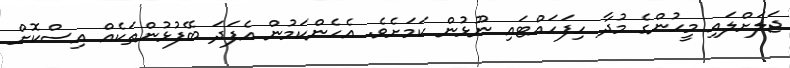
ޖަލަށްލައި މީހުންގެ މުދާ ހިފަހައްޓައި ނޫޅުން ކަމަށެވެ. އެހެންކަމުން އެފަދަ ބޭފުޅުންތަކެއް އިސްކޮށް